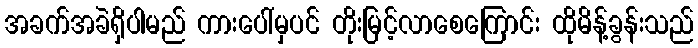
အခက်အခဲရှိပါမည် ကားပေါ်မှပင် တိုးမြင့်လာစေကြောင်း ထိုမိန့်ခွန်းသည်